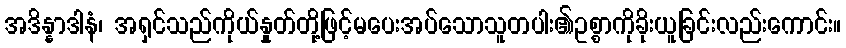
အဒိန္နာဒါနံ၊ အရှင်သည်ကိုယ်နှုတ်တို့ဖြင့်မပေးအပ်သောသူတပါး၏ဥစ္စာကိုခိုးယူခြင်းလည်းကောင်း။